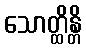
သောတ္ထိန္တိ